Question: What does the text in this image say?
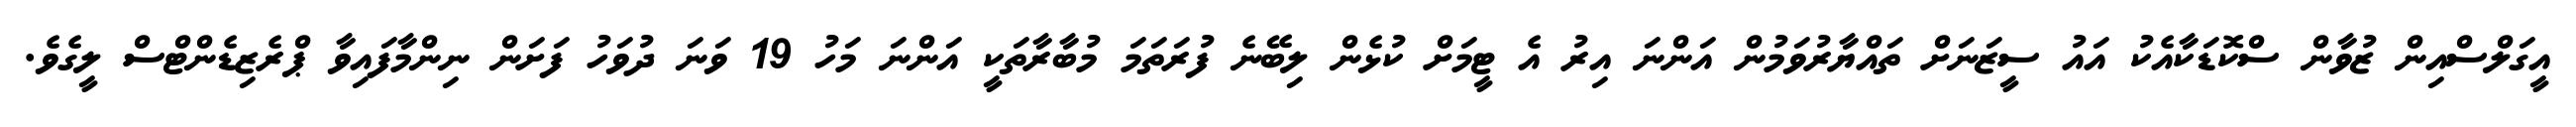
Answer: އީގަލްސްއިން ޒުވާން ސްކޮޑަކާއެކު އައު ސީޒަނަށް ތައްޔާރުވަމުން އަންނަ އިރު އެ ޓީމަށް ކުޅެން ލިބޭނެ ފުރަތަމަ މުބާރާތަކީ އަންނަ މަހު 19 ވަނަ ދުވަހު ފަށަން ނިންމާފައިވާ ޕްރެޒިޑެންޓްސް ލީގެވެ.